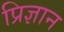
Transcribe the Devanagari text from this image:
प्रिज्ञान